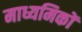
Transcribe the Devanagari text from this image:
माध्यमिकों